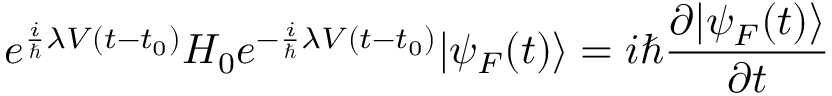
e ^ { { \frac { i } { \hbar } } \lambda V ( t - t _ { 0 } ) } H _ { 0 } e ^ { - { \frac { i } { \hbar } } \lambda V ( t - t _ { 0 } ) } | \psi _ { F } ( t ) \rangle = i \hbar { \frac { \partial | \psi _ { F } ( t ) \rangle } { \partial t } }